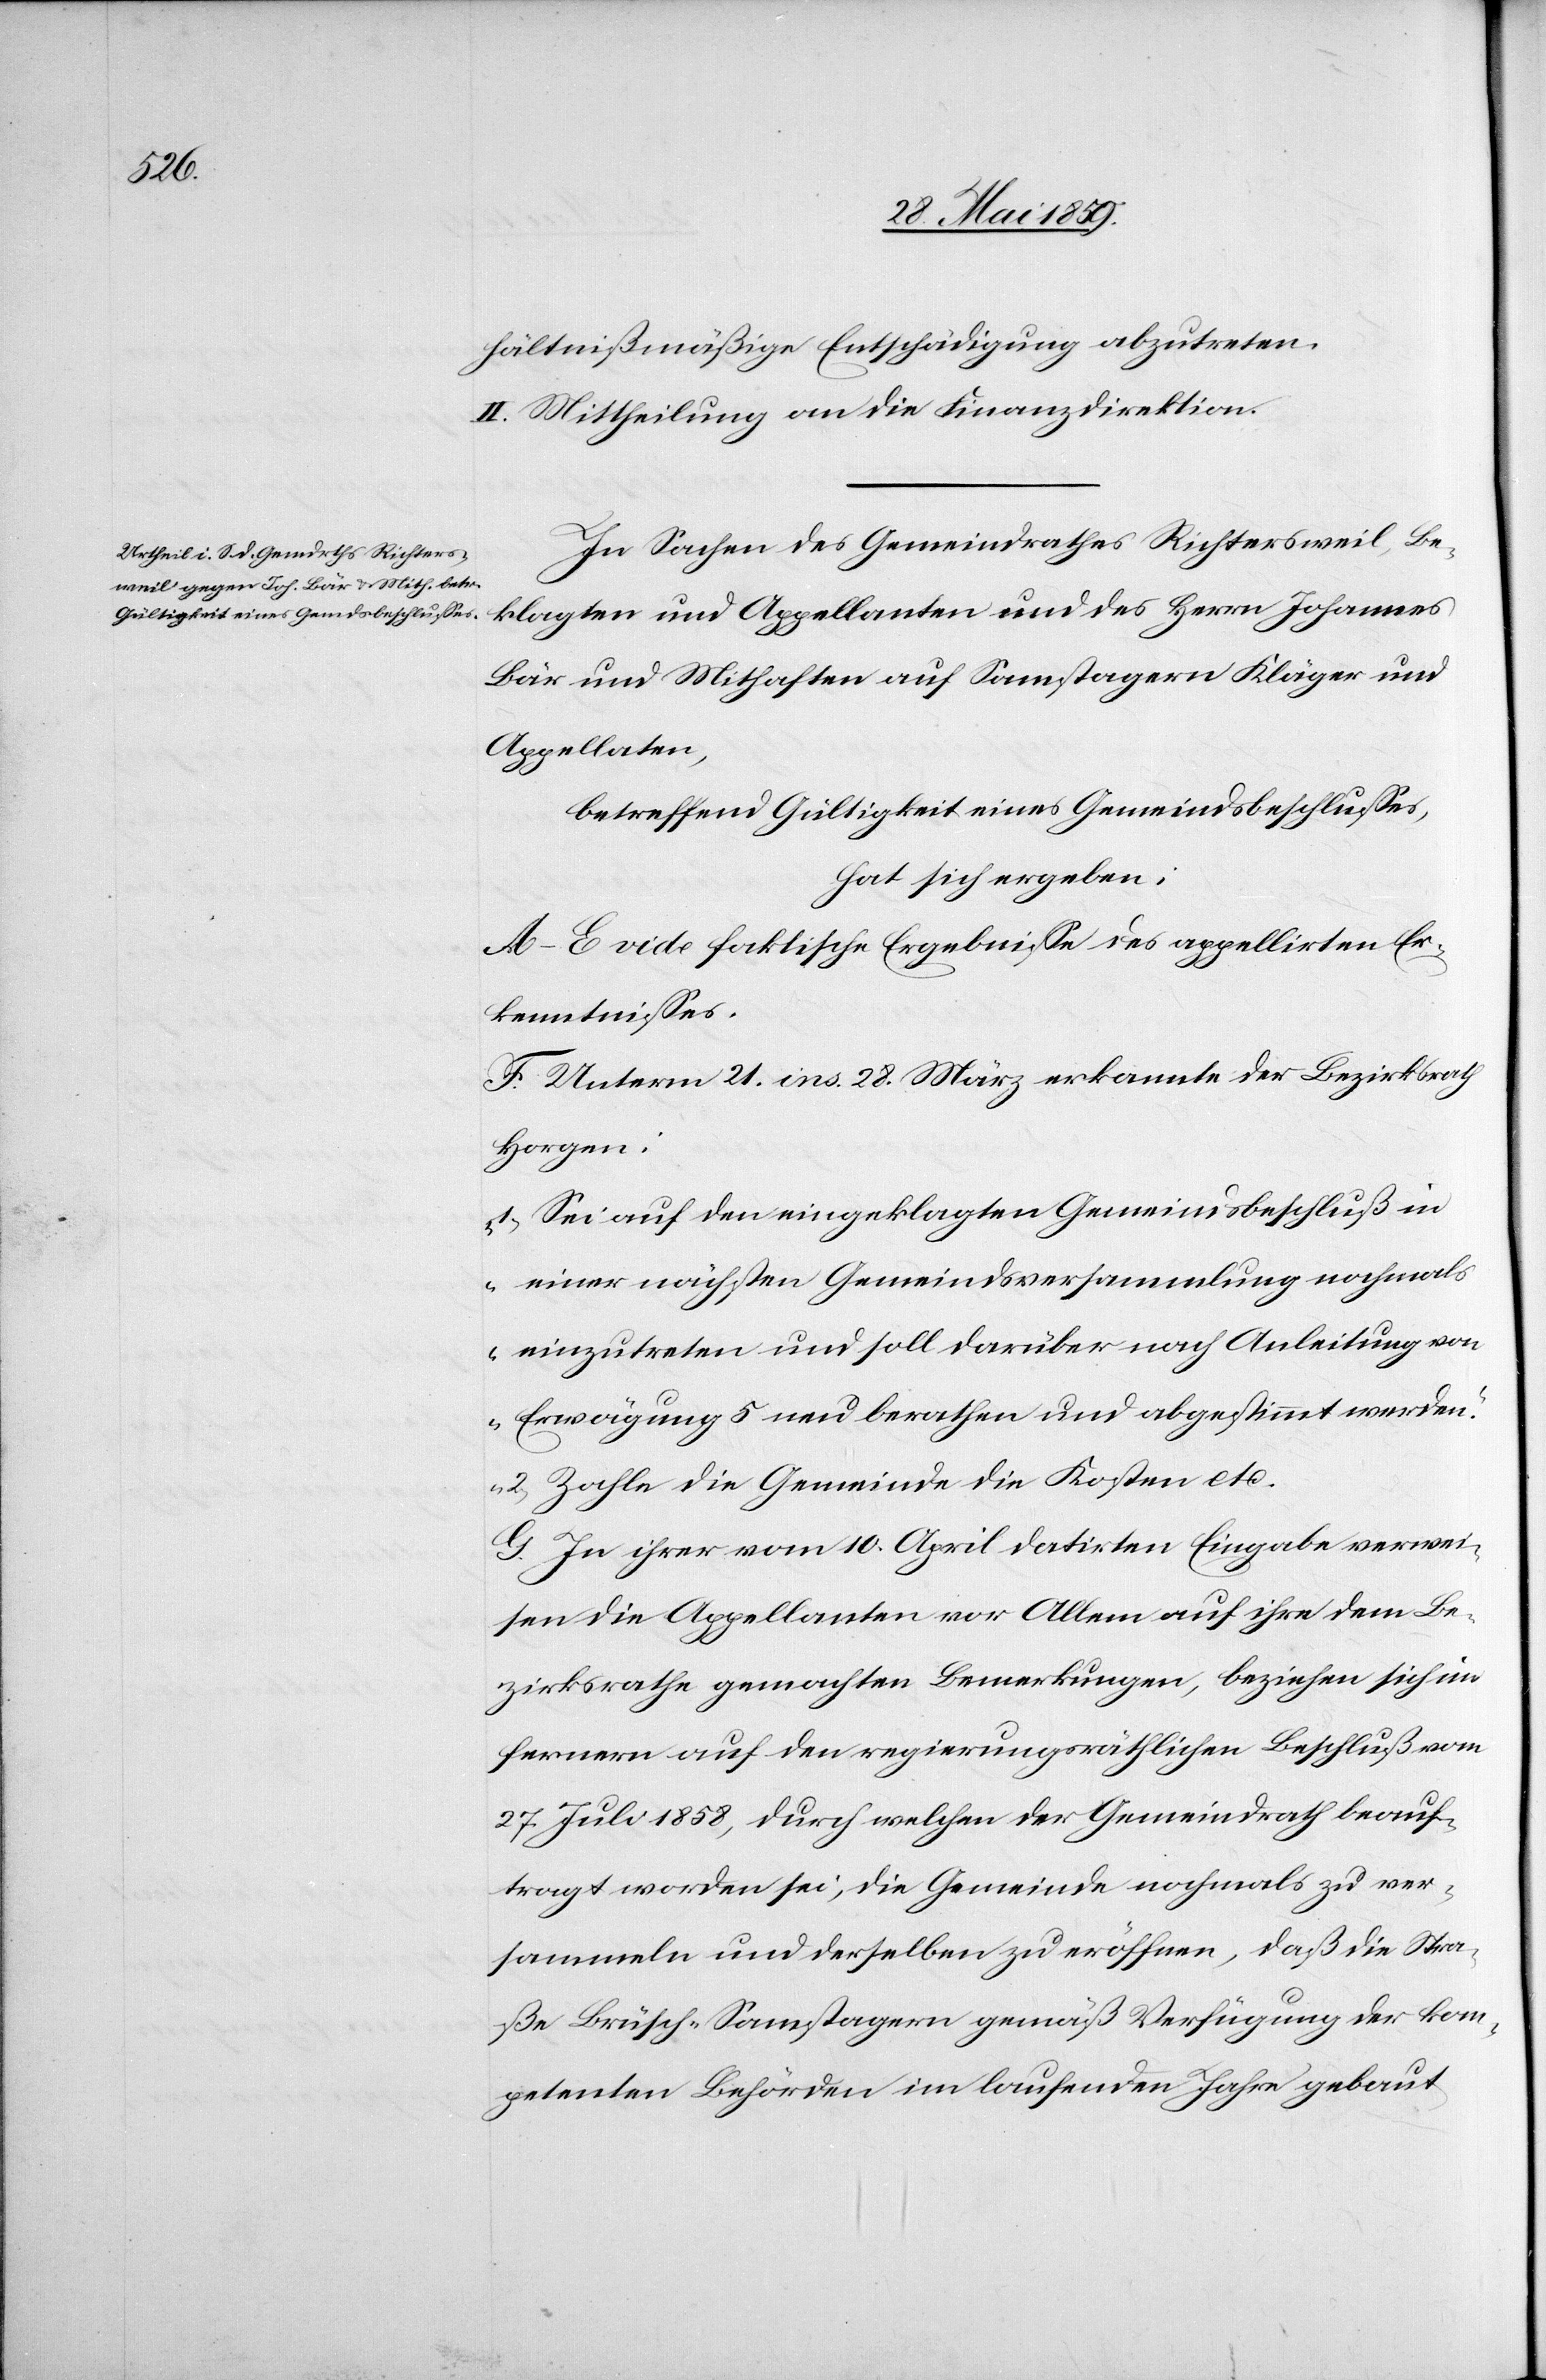
hältnißmäßige Entschädigung abzutreten.
II. Mittheilung an die Finanzdirektion.
In Sachen des Gemeindrathes Richtersweil, Be¬
klagten und Appellanten und des Herrn Johannes
Bär und Mithaften auf Samstagern Kläger und
Appellaten,
betreffend Gültigkeit eines Gemeindsbeschlusses,
hat sich ergeben:
A–E vide faktische Ergebnisse des appellirten Er¬
kenntnisses.
F. Unterm 21. ins. 28. März erkannte der Bezirksrath
Horgen:
„1) Sei auf den eingeklagten Gemeindsbeschluß i¬
n einer nächsten Gemeindsversammlung nochmals
einzutreten und soll darüber nach Anleitung von
Erwägung 5 neu berathen und abgestimmt werden.“
„2) Zahle die Gemeinde die Kosten etc.[“]
G. In ihrer vom 10. April datirten Eingabe verwei¬
sen die Appellanten vor Allem auf ihre dem Be¬
zirksrathe gemachten Bemerkungen, beziehen sich im
fernern auf den regierungsräthlichen Beschluß vom
27. Juli 1858, durch welchen der Gemeindrath beauf¬
tragt worden sei, die Gemeinde nochmals zu ver¬
sammeln und derselben zu eröffnen, daß die Stra¬
ße Brüsch–Samstagern gemäß Verfügung der kom¬
petenten Behörden im laufenden Jahre gebaut